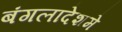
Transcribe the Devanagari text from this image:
बंगलादेशमे